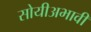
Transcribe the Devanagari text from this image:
सोयीअभावी